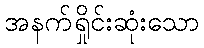
အနက်ရှိုင်းဆုံးသော